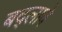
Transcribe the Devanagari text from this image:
बद्लावे